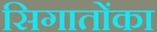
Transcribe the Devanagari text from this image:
सिगातोंका